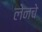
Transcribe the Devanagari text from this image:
लेनचे